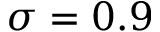
\sigma = 0 . 9